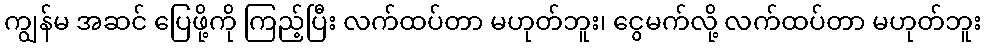
ကျွန်မ အဆင် ပြေဖို့ကို ကြည့်ပြီး လက်ထပ်တာ မဟုတ်ဘူး၊ ငွေမက်လို့ လက်ထပ်တာ မဟုတ်ဘူး